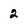
Character: 2